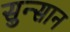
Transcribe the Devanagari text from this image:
सुन्सान